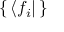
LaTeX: \{ \, \langle f _ { i } | \, \}